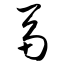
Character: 鬲